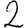
Digit: 2